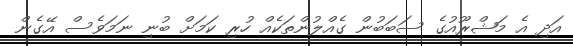
އަދި އެ މަޝްރޫއުގެ ސަބަބުން ގެއްލުންތަކެއް ހުރި ކަމަށް ބުނި ނަމަވެސް އޭގެން